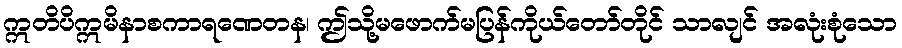
ဣတိပိဣမိနာစကာရဏေတန၊ ဤသို့မဖောက်မပြန်ကိုယ်တော်တိုင် သာလျင် အလုံးစုံသော